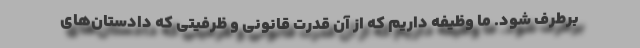
برطرف شود. ما وظیفه داریم که از آن قدرت قانونی و ظرفیتی که دادستان‌های